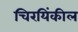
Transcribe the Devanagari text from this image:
चिरयिंकील